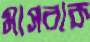
মাসরাক